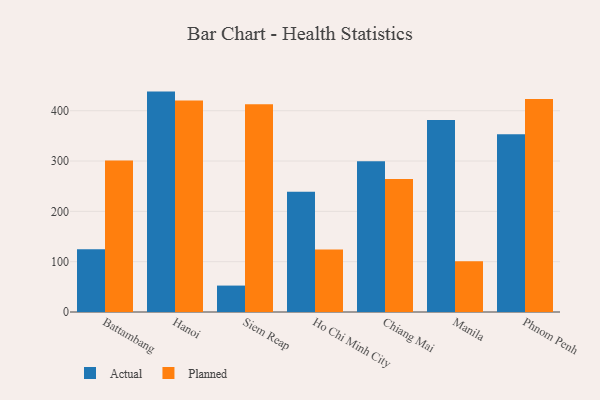
{"axis": {"x": "City", "y": "Temperature (°C)"}, "legend": ["Actual", "Planned"], "data": [{"x": "Battambang", "y": 124.6, "type": "Actual"}, {"x": "Battambang", "y": 301.0, "type": "Planned"}, {"x": "Hanoi", "y": 438.0, "type": "Actual"}, {"x": "Hanoi", "y": 420.2, "type": "Planned"}, {"x": "Siem Reap", "y": 52.5, "type": "Actual"}, {"x": "Siem Reap", "y": 413.0, "type": "Planned"}, {"x": "Ho Chi Minh City", "y": 238.9, "type": "Actual"}, {"x": "Ho Chi Minh City", "y": 124.2, "type": "Planned"}, {"x": "Chiang Mai", "y": 299.7, "type": "Actual"}, {"x": "Chiang Mai", "y": 264.3, "type": "Planned"}, {"x": "Manila", "y": 381.4, "type": "Actual"}, {"x": "Manila", "y": 101.0, "type": "Planned"}, {"x": "Phnom Penh", "y": 353.1, "type": "Actual"}, {"x": "Phnom Penh", "y": 423.1, "type": "Planned"}]}